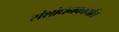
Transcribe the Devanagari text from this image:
संशोधनकार्यात